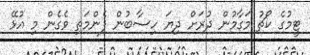
ޓީމުގެ ކޯޗު މަގާމުން ދުރަށް ދިޔަ ހިސާބުން ފެންމަތި ވެގެން މި އުޅޭ